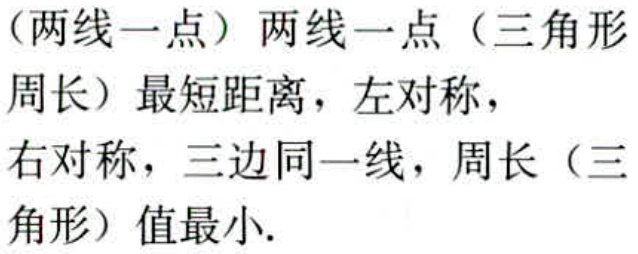
（两线一点）两线一点（三角形

周长）最短距离，左对称，

右对称，三边同一线，周长（三

角形）值最小.